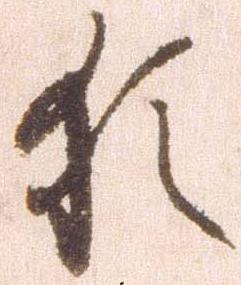
猶